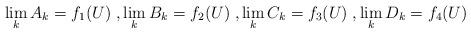
LaTeX: \begin{align*}&\lim_k A_k=f_1(U)\; , \lim_k B_k=f_2(U)\; , \lim_k C_k=f_3(U)\; , \lim_k D_k=f_4(U)\end{align*}